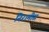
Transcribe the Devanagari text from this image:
निरामीस